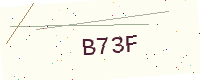
Text: B73F